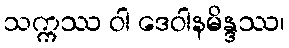
သက္ကဿ ဝါ ဒေဝါနမိန္ဒဿ၊